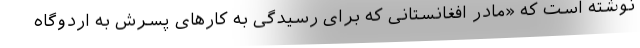
نوشته است که «مادر افغانستانی که برای رسیدگی به کارهای پسرش به اردوگاه